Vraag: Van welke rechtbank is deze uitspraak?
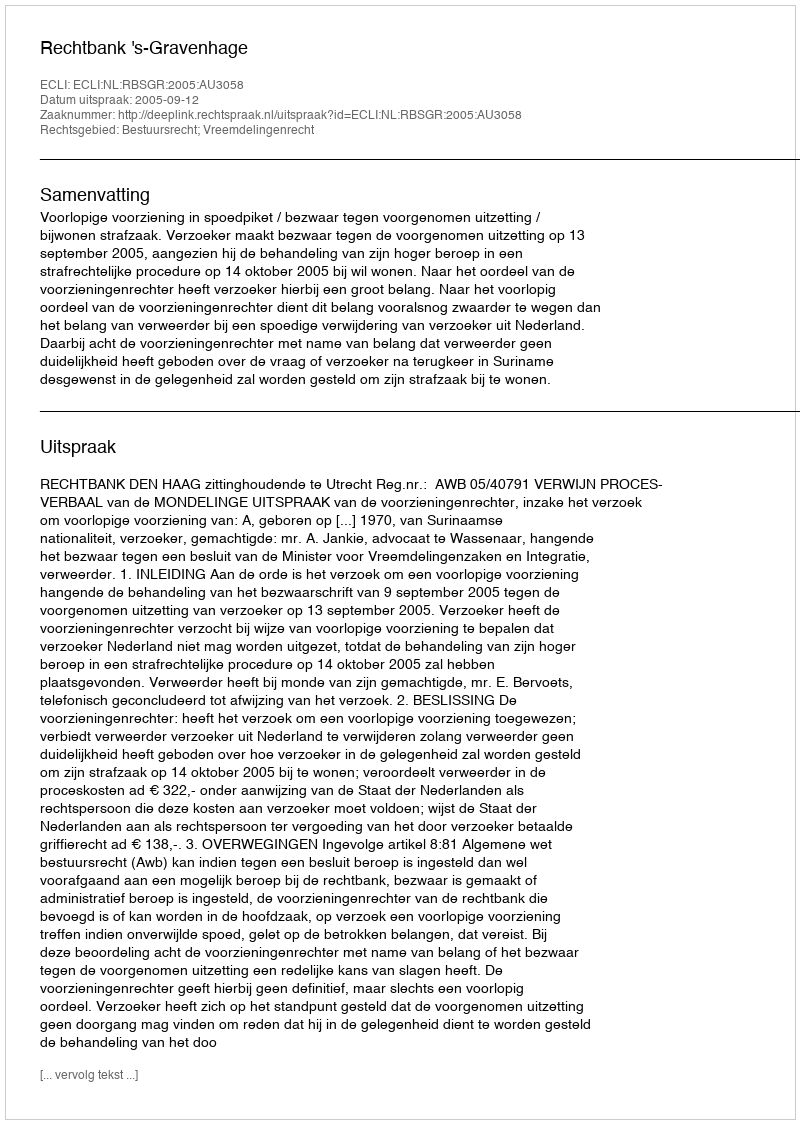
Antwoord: Rechtbank 's-Gravenhage